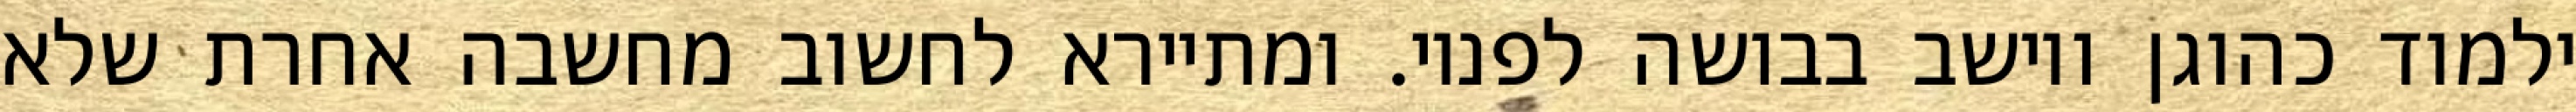
ילמוד כהוגן ויושב בבושה לפניו. ומתיירא לחשוב מחשבה אחרת שלא